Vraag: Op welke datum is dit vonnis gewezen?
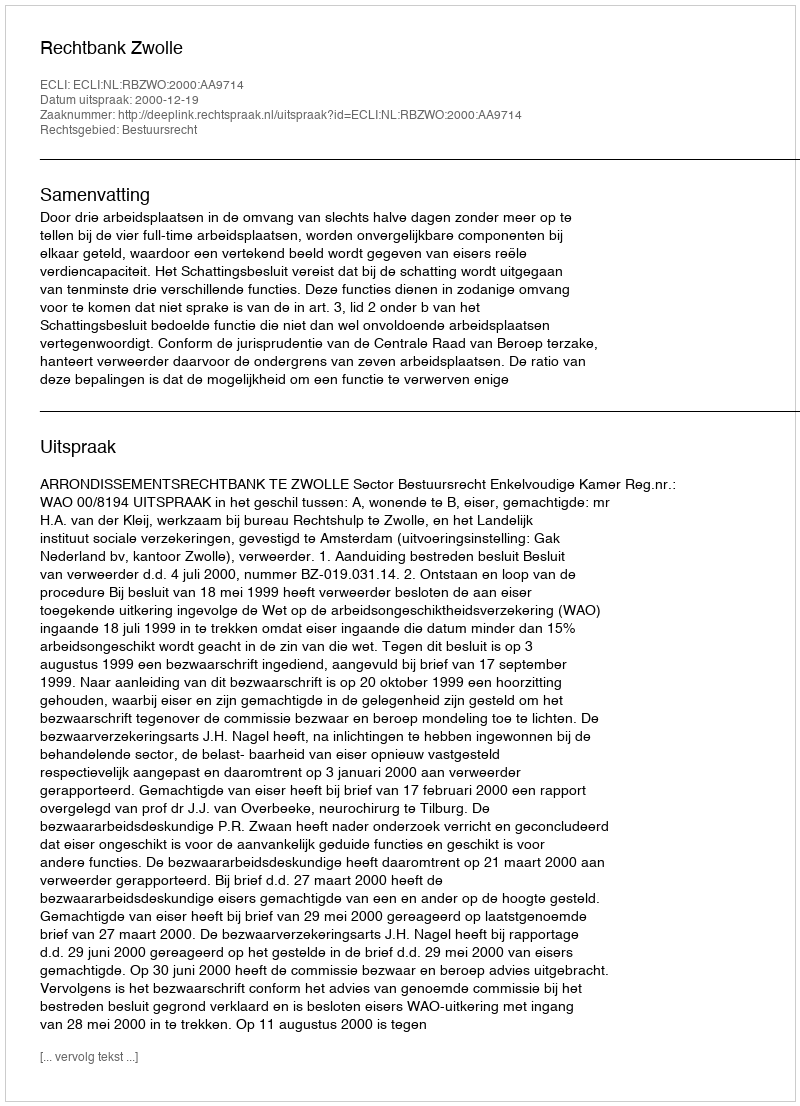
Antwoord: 2000-12-19